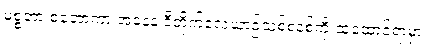
မစ္စတာ စတော့ကာ အနေနဲ့ ဒီတိုက်လေယာဉ်သစ်စနစ်ကို ထူထောင်ရာမှာ